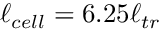
\ell _ { c e l l } = 6 . 2 5 \ell _ { t r }